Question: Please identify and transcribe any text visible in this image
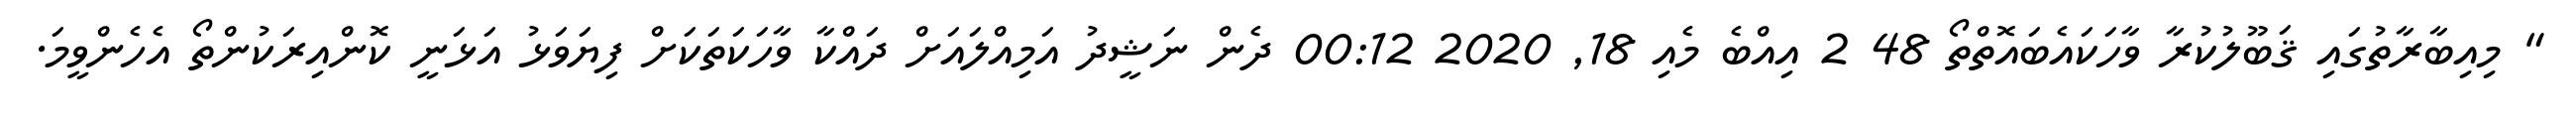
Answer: " މިއިބާރާތުގައި ޤަބޫލުކުރާ ވާހަކައެބައޮތްތޯ 48 2 އިއްބެ މެއި 18, 2020 00:12 ދެން ނަޝީދު އަމިއްލައަށް ދައްކާ ވާހަކަތަކަށް ފިޔަވަޅު އަޅަނީ ކޮންއިރަކުންތޯ އެހެންވީމަ.